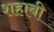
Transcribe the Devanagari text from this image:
शहाबी